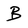
Character: B